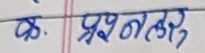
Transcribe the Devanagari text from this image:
क. प्रश्नोत्तर